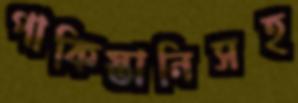
পাকিস্তানিসহ